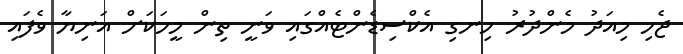
ޖެހި މިއަދު މެންދުރު ހިނގި އެކްސިޑެންޓެއްގައި ވަނީ ތިން މީހަކަށް އަނިޔާ ވެފައި